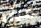
قبل